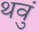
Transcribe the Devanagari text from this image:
थवुं